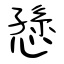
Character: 愻